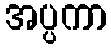
အပ္ပကာ